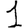
Digit: 1